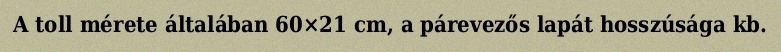
A toll mérete általában 60×21 cm, a párevezős lapát hosszúsága kb.